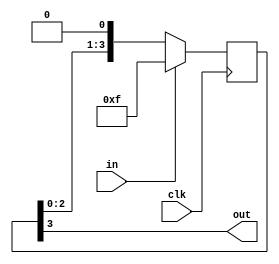
module reset_conditioner_8 (
    input clk,
    input in,
    output reg out
  );
  
  localparam STAGES = 3'h4;
  
  
  reg [3:0] M_stage_d, M_stage_q = 4'hf;
  
  always @* begin
    M_stage_d = M_stage_q;
    
    M_stage_d = {M_stage_q[0+2-:3], 1'h0};
    out = M_stage_q[3+0-:1];
  end
  
  always @(posedge clk) begin
    if (in == 1'b1) begin
      M_stage_q <= 4'hf;
    end else begin
      M_stage_q <= M_stage_d;
    end
  end
  
endmodule